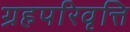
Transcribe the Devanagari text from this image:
ग्रहपरिवृत्ति